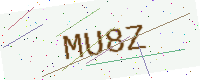
Text: MU8Z